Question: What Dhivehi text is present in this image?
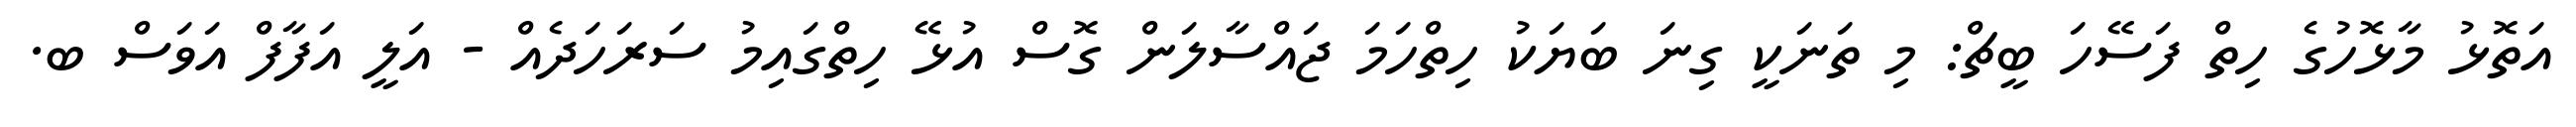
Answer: އަތޮޅު މާޅޮހުގެ ހިތް ފަސޭހަ ބީޗް: މި ތަނަކީ ގިނަ ބަޔަކު ހިތްހަމަ ޖައްސާލަން ގޮސް އުޅޭ ހިތްގައިމު ސަރަހަދެއް - އަލީ އަފާފް އަވަސް ބ.